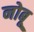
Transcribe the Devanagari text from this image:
नोबू